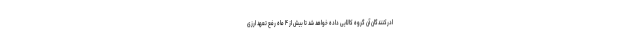
ادرکنندگان آن گروه کالایی داده خواهد شد تا بیش از ۴ ماه رفع تعهد ارزی